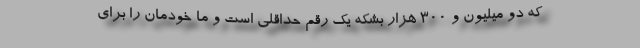
که دو میلیون و ۳۰۰ هزار بشکه یک رقم حداقلی است و ما خودمان را برای